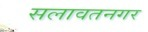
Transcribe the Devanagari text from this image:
सलावतनगर